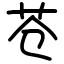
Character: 苍